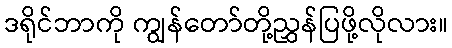
ဒရိုင်ဘာကို ကျွန်တော်တို့ညွှန်ပြဖို့လိုလား။